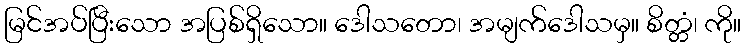
မြင်အပ်ပြီးသော အပြစ်ရှိသော။ ဒေါသတော၊ အမျက်ဒေါသမှ။ စိတ္တံ၊ ကို။